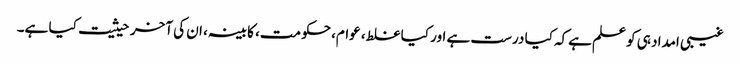
غیبی امداد ہی کو علم ہےکہ کیا درست ہے اور کیا غلط، عوام، حکومت، کابینہ، ان کی آخر حیثیت کیا ہے۔